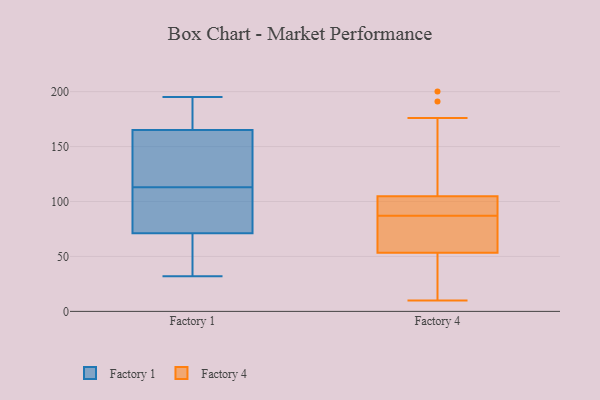
{"axis": {"x": "Backlog", "y": "Value"}, "legend": ["Factory 1", "Factory 4"], "data": [{"x": "", "y": 165, "type": "Factory 1"}, {"x": "", "y": 184, "type": "Factory 1"}, {"x": "", "y": 66, "type": "Factory 1"}, {"x": "", "y": 122, "type": "Factory 1"}, {"x": "", "y": 113, "type": "Factory 1"}, {"x": "", "y": 45, "type": "Factory 1"}, {"x": "", "y": 86, "type": "Factory 1"}, {"x": "", "y": 32, "type": "Factory 1"}, {"x": "", "y": 100, "type": "Factory 1"}, {"x": "", "y": 195, "type": "Factory 1"}, {"x": "", "y": 165, "type": "Factory 1"}, {"x": "", "y": 45, "type": "Factory 4"}, {"x": "", "y": 176, "type": "Factory 4"}, {"x": "", "y": 103, "type": "Factory 4"}, {"x": "", "y": 100, "type": "Factory 4"}, {"x": "", "y": 68, "type": "Factory 4"}, {"x": "", "y": 200, "type": "Factory 4"}, {"x": "", "y": 110, "type": "Factory 4"}, {"x": "", "y": 11, "type": "Factory 4"}, {"x": "", "y": 191, "type": "Factory 4"}, {"x": "", "y": 87, "type": "Factory 4"}, {"x": "", "y": 57, "type": "Factory 4"}, {"x": "", "y": 101, "type": "Factory 4"}, {"x": "", "y": 56, "type": "Factory 4"}, {"x": "", "y": 23, "type": "Factory 4"}, {"x": "", "y": 66, "type": "Factory 4"}, {"x": "", "y": 10, "type": "Factory 4"}, {"x": "", "y": 92, "type": "Factory 4"}]}